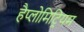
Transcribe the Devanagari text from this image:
हैप्लोमिट्रियम